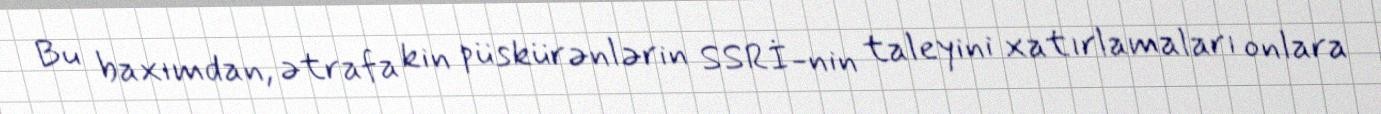
Bu baxımdan, ətrafa kin püskürənlərin SSRİ-nin taleyini xatırlamaları onlara